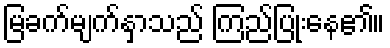
မြခက်မျက်နှာသည် ကြည်ပြုံးနေ၏။